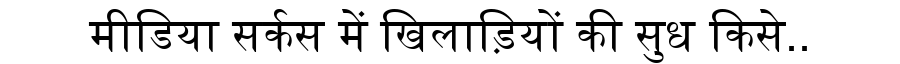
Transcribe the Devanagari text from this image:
मीडिया सर्कस में खिलाड़ियों की सुध किसे..